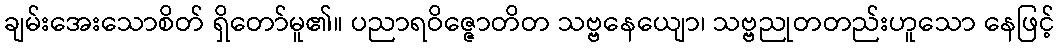
ချမ်းအေးသောစိတ် ရှိတော်မူ၏။ ပညာရဝိဇ္ဇောတိတ သဗ္ဗနေယျော၊ သဗ္ဗညုတတည်းဟူသော နေဖြင့်